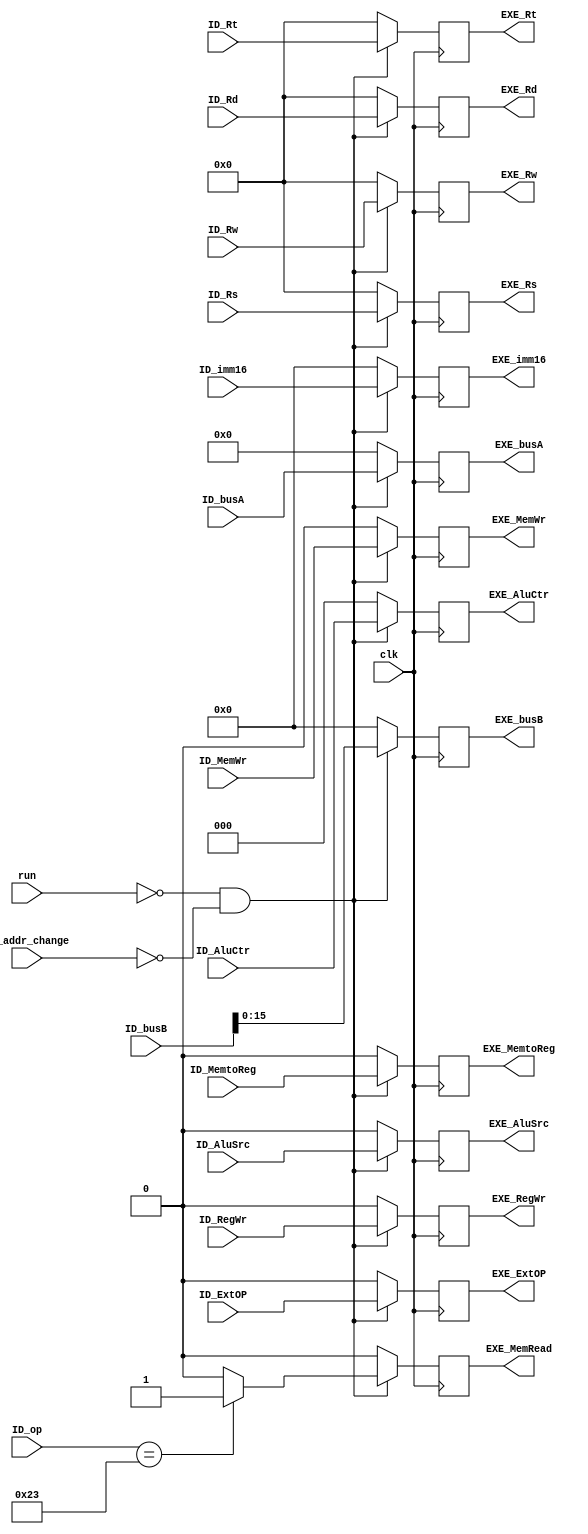
module RegID(clk,run,ID_addr_change,
			ID_MemWr,ID_MemtoReg,ID_RegWr,ID_Rw,ID_busA,ID_busB,ID_imm16,ID_ExtOP,ID_AluSrc,ID_AluCtr,ID_Rs,ID_Rt,ID_Rd,ID_op,
			EXE_MemWr,EXE_MemtoReg,EXE_RegWr,EXE_Rw,EXE_busA,EXE_busB,EXE_imm16,EXE_ExtOP,EXE_AluSrc,EXE_AluCtr,EXE_Rs,EXE_Rt,EXE_Rd,EXE_MemRead);
input clk,run;
input [31:0]ID_addr_change;
input ID_MemWr,ID_MemtoReg,ID_RegWr,ID_ExtOP,ID_AluSrc;
input [4:0]ID_Rw;
input [31:0]ID_busA;
input [31:0]ID_busB;
input [15:0]ID_imm16;
input [2:0]ID_AluCtr;
input [4:0]ID_Rs;
input [4:0]ID_Rt;
input [4:0]ID_Rd;
input [5:0]ID_op;

output reg EXE_MemWr,EXE_MemtoReg,EXE_RegWr,EXE_ExtOP,EXE_AluSrc;
output reg [4:0]EXE_Rw;
output reg [31:0]EXE_busA;
output reg [15:0]EXE_busB;
output reg [15:0]EXE_imm16;
output reg [2:0]EXE_AluCtr;
output reg[4:0]EXE_Rs;
output reg[4:0]EXE_Rt;
output reg[4:0]EXE_Rd;
output reg EXE_MemRead;
always@(negedge clk)
begin
if(run==0 && ID_addr_change==32'b0)
	begin
		EXE_MemWr=ID_MemWr;
		EXE_MemtoReg=ID_MemtoReg;
		EXE_RegWr=ID_RegWr;
		EXE_ExtOP=ID_ExtOP;
		EXE_AluSrc=ID_AluSrc;
		EXE_Rw=ID_Rw;
		EXE_busA=ID_busA;
		EXE_busB=ID_busB;
		EXE_imm16=ID_imm16;
		EXE_AluCtr=ID_AluCtr;
		
		EXE_Rs=ID_Rs;
		EXE_Rt=ID_Rt;
		EXE_Rd=ID_Rd;
		
		//load
		if(ID_op==6'b100011)
			EXE_MemRead=1;
		else
			EXE_MemRead=0;
	end
else
	begin
		EXE_MemWr=0;
		EXE_MemtoReg=0;
		EXE_RegWr=0;
		EXE_ExtOP=0;
		EXE_AluSrc=0;
		EXE_Rw=0;
		EXE_busA=0;
		EXE_busB=0;
		EXE_imm16=0;
		EXE_AluCtr=0;
		
		EXE_Rs=0;
		EXE_Rt=0;
		EXE_Rd=0;
		EXE_MemRead=0;
	end
end
endmodule